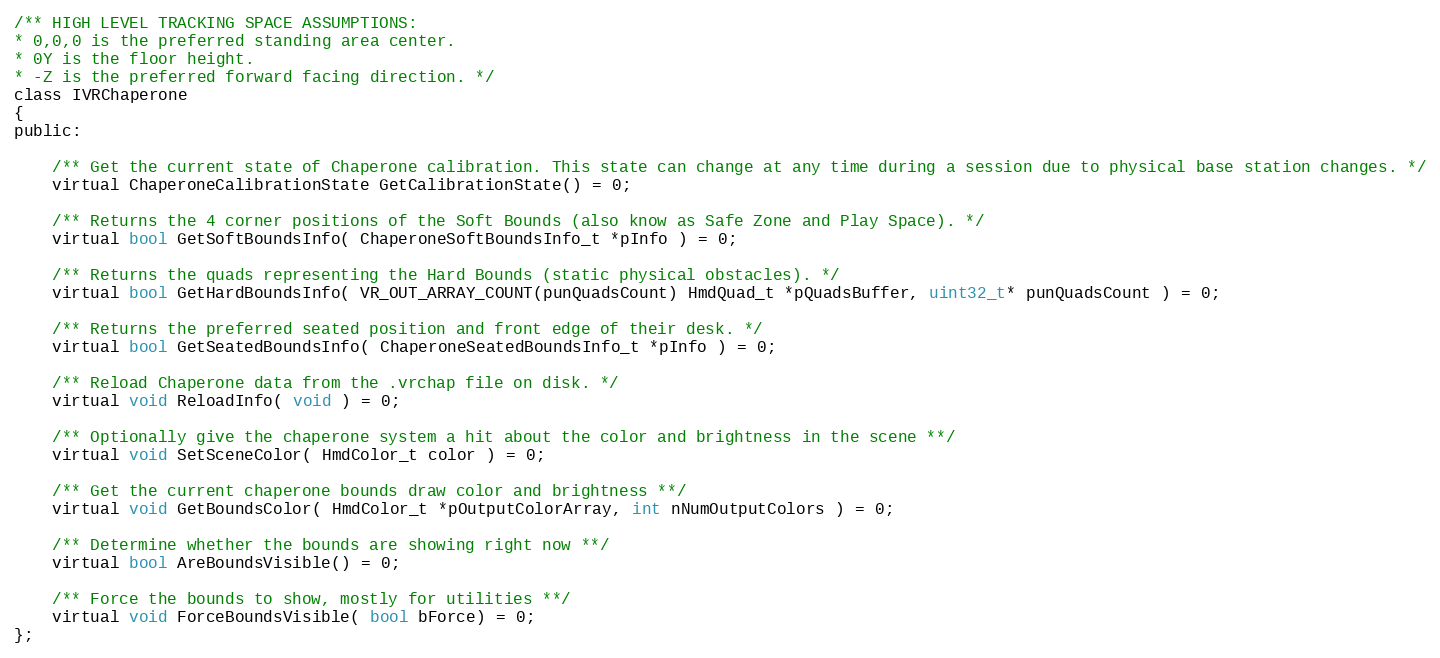
Language: C
/** HIGH LEVEL TRACKING SPACE ASSUMPTIONS:
* 0,0,0 is the preferred standing area center.
* 0Y is the floor height.
* -Z is the preferred forward facing direction. */
class IVRChaperone
{
public:

	/** Get the current state of Chaperone calibration. This state can change at any time during a session due to physical base station changes. */
	virtual ChaperoneCalibrationState GetCalibrationState() = 0;

	/** Returns the 4 corner positions of the Soft Bounds (also know as Safe Zone and Play Space). */
	virtual bool GetSoftBoundsInfo( ChaperoneSoftBoundsInfo_t *pInfo ) = 0;

	/** Returns the quads representing the Hard Bounds (static physical obstacles). */
	virtual bool GetHardBoundsInfo( VR_OUT_ARRAY_COUNT(punQuadsCount) HmdQuad_t *pQuadsBuffer, uint32_t* punQuadsCount ) = 0;

	/** Returns the preferred seated position and front edge of their desk. */
	virtual bool GetSeatedBoundsInfo( ChaperoneSeatedBoundsInfo_t *pInfo ) = 0;

	/** Reload Chaperone data from the .vrchap file on disk. */
	virtual void ReloadInfo( void ) = 0;

	/** Optionally give the chaperone system a hit about the color and brightness in the scene **/
	virtual void SetSceneColor( HmdColor_t color ) = 0;

	/** Get the current chaperone bounds draw color and brightness **/
	virtual void GetBoundsColor( HmdColor_t *pOutputColorArray, int nNumOutputColors ) = 0;

	/** Determine whether the bounds are showing right now **/
	virtual bool AreBoundsVisible() = 0;

	/** Force the bounds to show, mostly for utilities **/
	virtual void ForceBoundsVisible( bool bForce) = 0;
};